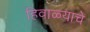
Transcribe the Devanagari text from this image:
हिवाळ्याचे